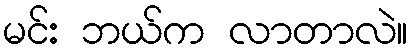
မင်း ဘယ်က လာတာလဲ။